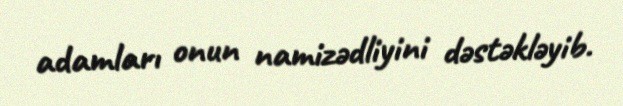
adamları onun namizədliyini dəstəkləyib.